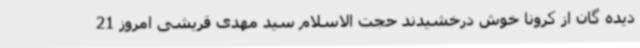
دیده گان از کرونا خوش درخشیدند حجت الاسلام سید مهدی قریشی امروز 21